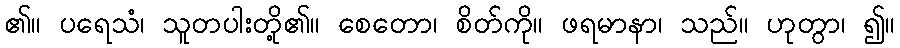
၏။ ပရေသံ၊ သူတပါးတို့၏။ စေတော၊ စိတ်ကို။ ဖရမာနာ၊ သည်။ ဟုတွာ၊ ၍။